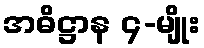
အဓိဋ္ဌာန ၄-မျိုး